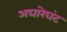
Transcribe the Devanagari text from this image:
अघारेघंट